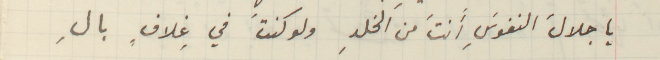
ياجلالَ النفوسِ أَنتَ من الخلدِ ولو كنت في غِلافٍ بالِ